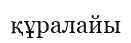
құралайы